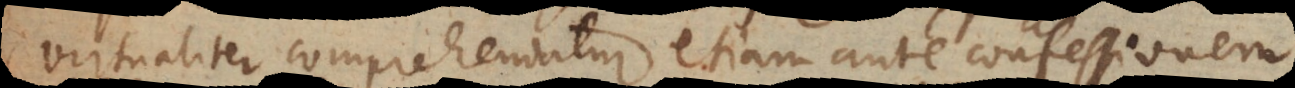
aliter comprehendatur, etiam ante confessionem